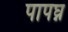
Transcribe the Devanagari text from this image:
पापघ्न